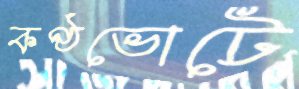
কণ্ঠভোটে